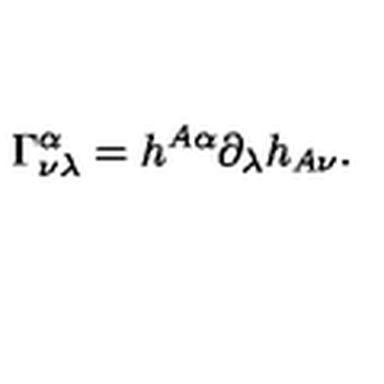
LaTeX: \Gamma _ { \nu \lambda } ^ { \alpha } = h ^ { A \alpha } \partial _ { \lambda } h _ { A \nu } .